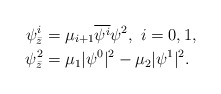
\begin{align*}\psi^i_{\bar z}&=\mu_{i+1}\overline{\psi^i}\psi^2,\ i=0,1,\\\psi^2_{\bar z}&=\mu_1|\psi^0|^2-\mu_2|\psi^1|^2.\end{align*}